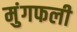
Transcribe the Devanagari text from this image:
मुंगफली